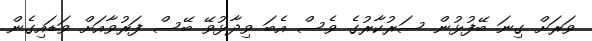
ވަރަށް ގިނަ ބޭފުޅުން ސަރުކާރުގެ ވެސް އެބަ ވިދާޅުވޭ ބޭސް ފަރުވާއަށް ވަޑައިގެން